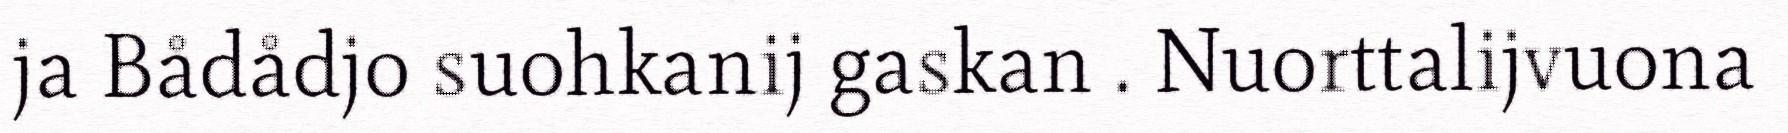
ja Bådådjo suohkanij gaskan . Nuorttalijvuona